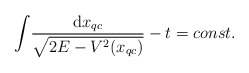
\begin{align*} \int\!\frac{{\rm d}x_{qc}}{\sqrt{2E-V^2(x_{qc})}}-t=const.\end{align*}